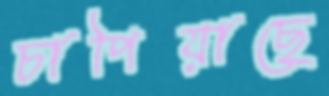
চাপিয়াছে